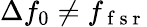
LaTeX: \Delta f_{0}\neq f_{\mathrm{~f~s~r~}}